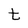
Character: t